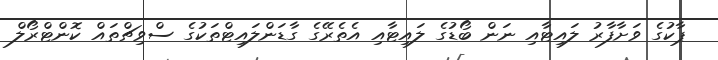
ޕާކުގެ ވަށާފާރު ލައިޓާއި ނަން ބޯޑުގެ ލައިޓާއި އެތެރޭގެ ގާޑަންލައިޓްތަކުގެ ސްވިޗްތައް ކޮންޓްރޯލް